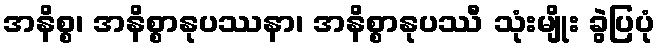
အနိစ္စ၊ အနိစ္စာနုပဿနာ၊ အနိစ္စာနုပဿီ သုံးမျိုး ခွဲပြပုံ